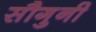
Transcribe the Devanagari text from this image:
सौगुनी